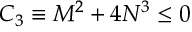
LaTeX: { \cal { C } } _ { 3 } \equiv { \cal { M } } ^ { 2 } + 4 { \cal { N } } ^ { 3 } \le 0